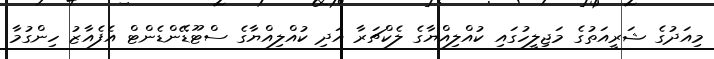
މިއަދުގެ ޝަރީއަތުގެ މަޖިލީހުގައި ކުއްލިއްޔާގެ ލެކްޗަރާ އަދި ކުއްލިއްޔާގެ ސްޓޫޑޭންޑެންޓް އެފެއާޒު ހިންގުމާ